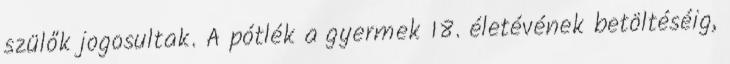
szülők jogosultak. A pótlék a gyermek 18. életévének betöltéséig,